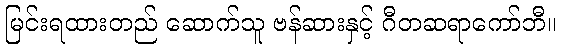
မြင်းရထားတည် ဆောက်သူ ဗန်ဆားနှင့် ဂီတဆရာကော်ဘီ။